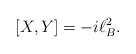
\begin{align*}\lbrack X,Y]=-i\ell _{B}^{2}. \end{align*}